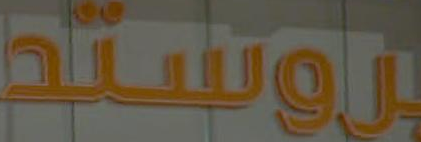
بروستد